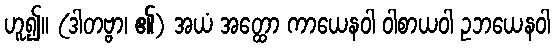
ဟူ၍။ (ဒါတဗ္ဗာ၊ ၏) အယံ အတ္ထော ကာယေနဝါ ဝါစာယဝါ ဥဘယေနဝါ